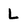
Character: L